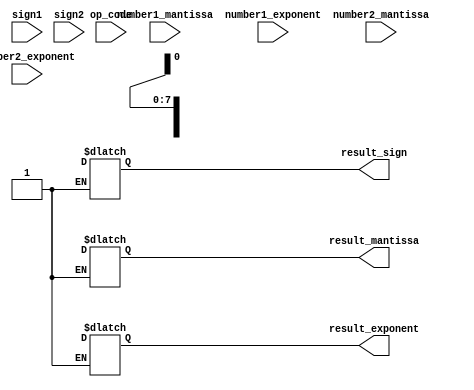
module floating_point_unit (
    input wire [31:0] number1_mantissa,
    input wire [7:0] number1_exponent,
    input wire sign1,
    input wire [31:0] number2_mantissa,
    input wire [7:0] number2_exponent,
    input wire sign2,
    input wire op_code, // 0: addition, 1: subtraction, 2: multiplication, 3: division
    output reg [31:0] result_mantissa,
    output reg [7:0] result_exponent,
    output reg result_sign
);

always @* begin
    // Perform arithmetic operations based on op_code
    case(op_code)
        0: begin // Addition
            // Perform addition logic here
        end
        1: begin // Subtraction
            // Perform subtraction logic here
        end
        2: begin // Multiplication
            // Perform multiplication logic here
        end
        3: begin // Division
            // Perform division logic here
        end
        default: begin // Invalid operation
            result_mantissa = 0;
            result_exponent = 0;
            result_sign = 0;
        end
    endcase
end

endmodule